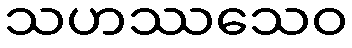
သဟဿသေဝ